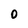
Character: 0